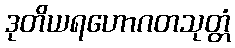
ဒုတိယရဟောဂတသုတ္တံ